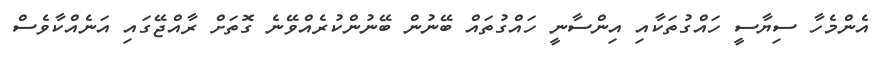
އެންމެހާ ސިޔާސީ ހައްގުތަކާއި އިންސާނީ ހައްގުތައް ބޭނުން ބޭނުންކުރެއްވޭނެ ގޮތަށް ރާއްޖޭގައި އަނެއްކާވެސް